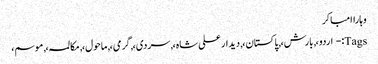
وہاراامباکر
Tags:- اردو،, بارش،, پاکستان،, دیدار علی شاہ،, سردی،, گرمی،, ماحول،, مکالمہ،, موسم،